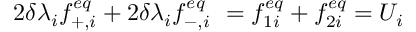
2 \delta \lambda _ { i } f _ { + , i } ^ { e q } + 2 \delta \lambda _ { i } f _ { - , i } ^ { e q } \ = f _ { 1 i } ^ { e q } + f _ { 2 i } ^ { e q } = U _ { i }